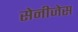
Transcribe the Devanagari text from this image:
सेनीजेस